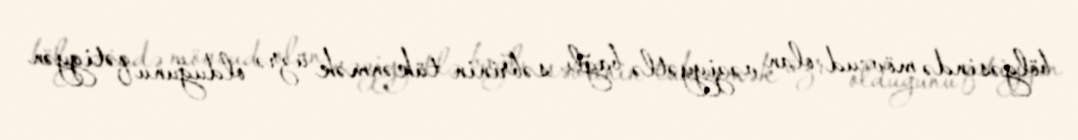
bölgəsində mövcud olan vəziyyətlə bağlı səbrinin tükənmək üzrə olduğunu qətiyyən